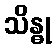
သိန္ဓု